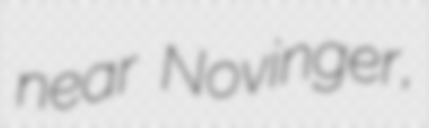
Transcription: near Novinger,